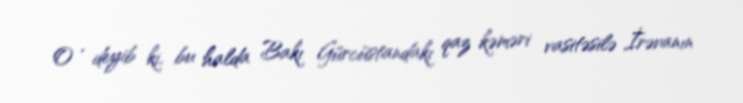
O , deyib ki, bu halda Bakı Gürcüstandakı qaz kəməri vasitəsilə İrəvanın